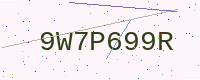
Text: 9W7P699R